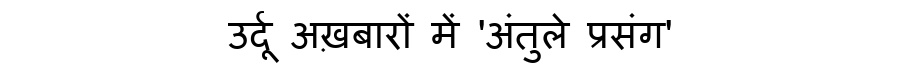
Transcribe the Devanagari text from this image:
उर्दू अख़बारों में 'अंतुले प्रसंग'